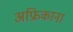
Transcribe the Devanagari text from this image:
अफ्रिकाना